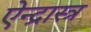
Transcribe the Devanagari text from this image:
ऐन्द्रास्त्र